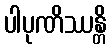
ပါပုဏိဿန္တိ